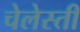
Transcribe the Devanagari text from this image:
चेलेस्ती